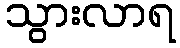
သွားလာရ